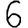
Digit: 6